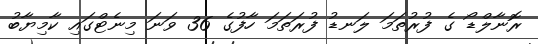
ރޮނާލްޑޯ ގެ ފުރުތަމަ ލަނޑު ފުރަތަމަ ހާފުގެ 36 ވަނަ މިނެޓްގައި ކާމިޔާބު